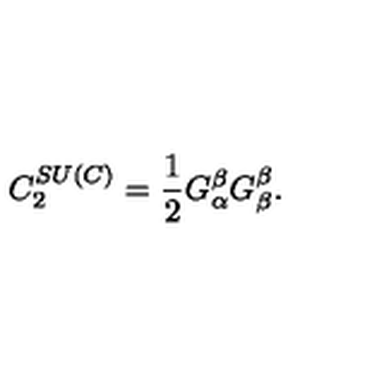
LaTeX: C _ { 2 } ^ { S U \left( C \right) } = \frac { 1 } { 2 } G _ { \alpha } ^ { \beta } G _ { \beta } ^ { \beta } .